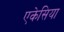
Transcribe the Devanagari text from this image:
एकेसिया